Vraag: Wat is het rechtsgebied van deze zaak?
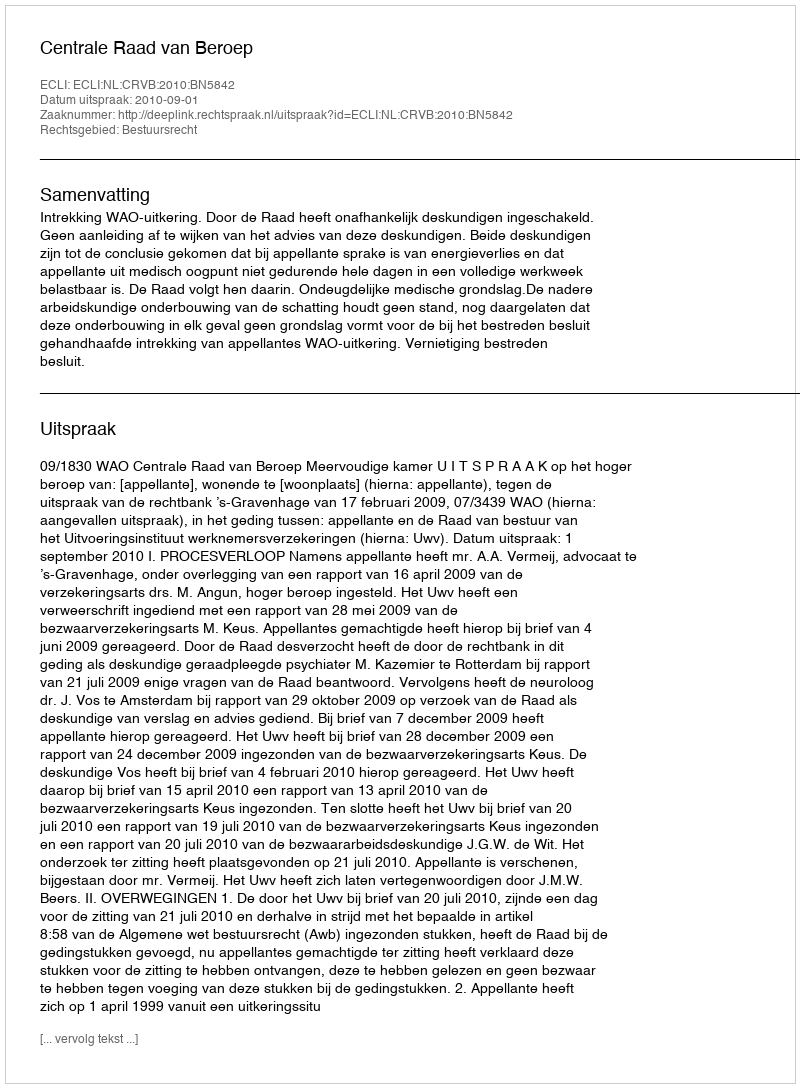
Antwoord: Bestuursrecht